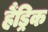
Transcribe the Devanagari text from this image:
हैंड्रिक